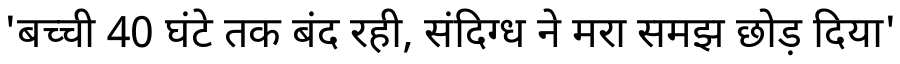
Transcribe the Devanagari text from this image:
'बच्ची 40 घंटे तक बंद रही, संदिग्ध ने मरा समझ छोड़ दिया'